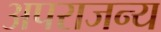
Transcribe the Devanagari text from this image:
अपराजन्य